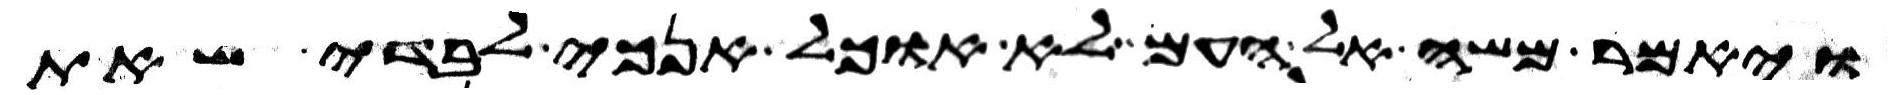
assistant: ויאמר משה אל העם לא אוכל אנכי לבדי שאת